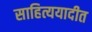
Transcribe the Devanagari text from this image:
साहित्ययादीत